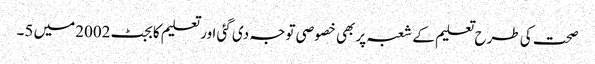
صحت کی طرح تعلیم کے شعبہ پر بھی خصوصی توجہ دی گئی اور تعلیم کا بجٹ2002میں 5۔